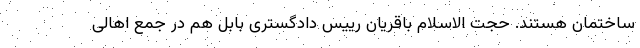
ساختمان هستند. حجت الاسلام باقریان رییس دادگستری بابل هم در جمع اهالی